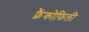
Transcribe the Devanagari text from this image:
फ्रैंकोफिली